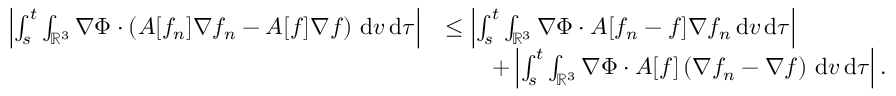
\begin{array} { r l } { \left\vert \int _ { s } ^ { t } \int _ { \ensuremath { { \mathbb R } } ^ { 3 } } \nabla \Phi \cdot \left( A [ f _ { n } ] \nabla f _ { n } - A [ f ] \nabla f \right) \, \mathrm { d } v \, \mathrm { d } \tau \right\vert } & { \le \left\vert \int _ { s } ^ { t } \int _ { \ensuremath { { \mathbb R } } ^ { 3 } } \nabla \Phi \cdot A [ f _ { n } - f ] \nabla f _ { n } \, \mathrm { d } v \, \mathrm { d } \tau \right\vert } \\ & { \qquad + \left\vert \int _ { s } ^ { t } \int _ { \ensuremath { { \mathbb R } } ^ { 3 } } \nabla \Phi \cdot A [ f ] \left( \nabla f _ { n } - \nabla f \right) \, \mathrm { d } v \, \mathrm { d } \tau \right\vert . } \end{array}